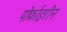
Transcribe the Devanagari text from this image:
पोर्फाइरीन